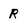
Character: r